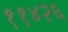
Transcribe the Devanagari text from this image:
११४२६